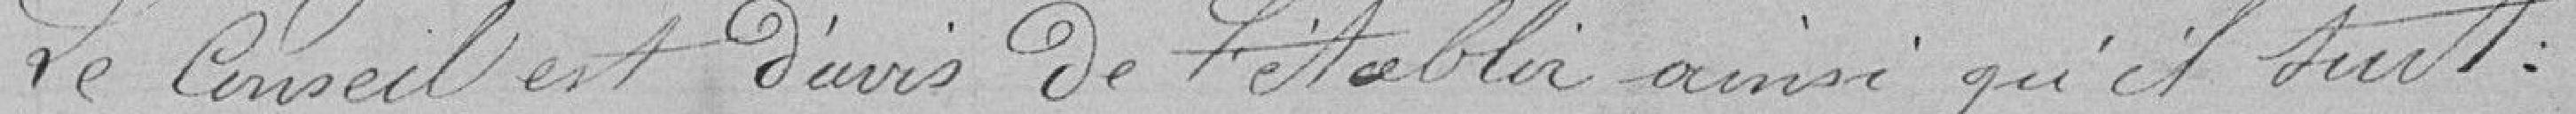
Le Conseil est d'avis de l'établir ainsi qu'il suit :